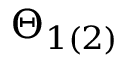
\Theta _ { 1 ( 2 ) }